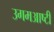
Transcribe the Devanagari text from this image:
उगमआष्टी